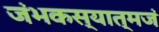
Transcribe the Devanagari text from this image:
जंभकस्यात्मजं